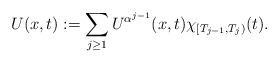
LaTeX: \begin{align*}U(x,t):=\sum_{j\geq1}U^{\alpha^{j-1}}(x,t)\chi_{[T_{j-1},T_{j})}(t).\end{align*}